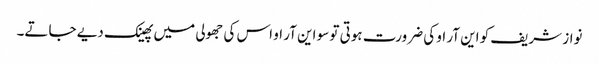
نواز شریف کو این آر او کی ضرورت ہوتی تو سو این آر او اس کی جھولی میں پھینک دیے جاتے۔